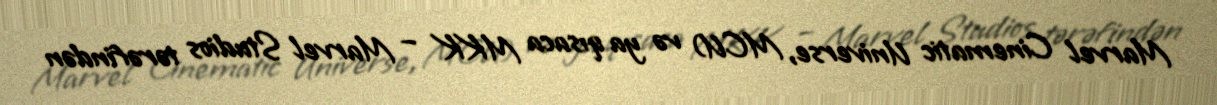
Marvel Cinematic Universe, MCU) və ya qısaca MKK – Marvel Studios tərəfindən